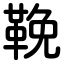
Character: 鞔